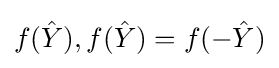
{\textstyle f({\hat {Y}}),f({\hat {Y}})=f(-{\hat {Y}})}